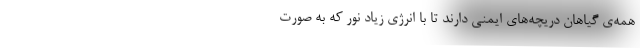
همه‌ی گیاهان دریچه‌های ایمنی دارند تا با انرژی زیاد نور که به صورت